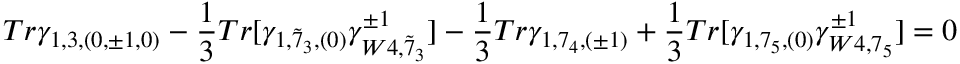
T r \gamma _ { 1 , 3 , ( 0 , \pm 1 , 0 ) } - \frac { 1 } { 3 } T r [ \gamma _ { 1 , { \tilde { 7 } } _ { 3 } , ( 0 ) } \gamma _ { W 4 , { \tilde { 7 } } _ { 3 } } ^ { \pm 1 } ] - \frac { 1 } { 3 } T r \gamma _ { 1 , 7 _ { 4 } , ( \pm 1 ) } + \frac { 1 } { 3 } T r [ \gamma _ { 1 , 7 _ { 5 } , ( 0 ) } \gamma _ { W 4 , 7 _ { 5 } } ^ { \pm 1 } ] = 0